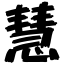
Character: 慧